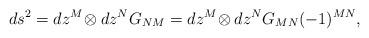
LaTeX: \begin{align*}ds^2=dz^M\! \otimes dz^N G_{NM} = dz^M\! \otimes dz^N G_{MN} (-1)^{MN},\end{align*}